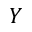
Y